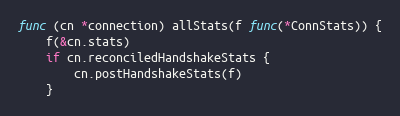
Language: Go
func (cn *connection) allStats(f func(*ConnStats)) {
	f(&cn.stats)
	if cn.reconciledHandshakeStats {
		cn.postHandshakeStats(f)
	}